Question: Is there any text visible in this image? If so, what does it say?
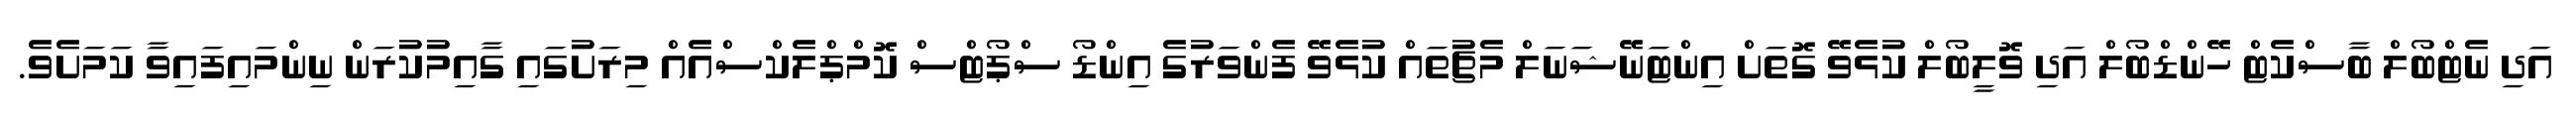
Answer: އަދި ނެޓްބޯލް ބާސްކެޓް ހޭންޑްބޯލް އަދި ވޮލީބޯލް ކުޅެވޭ ގޮތަށް އިންޓަނޭޝަނަލް މެޗުތައް ކުޅެވޭ ފެންވަރުގެ އިންޑޯ ސްޕޯޓްސް ކޮމްޕްލެކްސްއެއް މިރަށުގައި ގާއިމުކުރަން ނިންމައިފައިވާ ކަމަށެވެ.